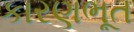
કારણભૂત